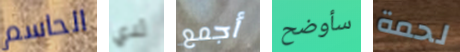
الحاسم لدي أجمع سأوضح لحمة